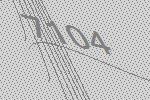
7104